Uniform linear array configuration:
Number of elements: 16
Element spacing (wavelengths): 0.25
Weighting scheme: binomial
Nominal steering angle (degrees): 45
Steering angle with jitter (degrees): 44.259
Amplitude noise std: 0.05
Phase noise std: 0.05

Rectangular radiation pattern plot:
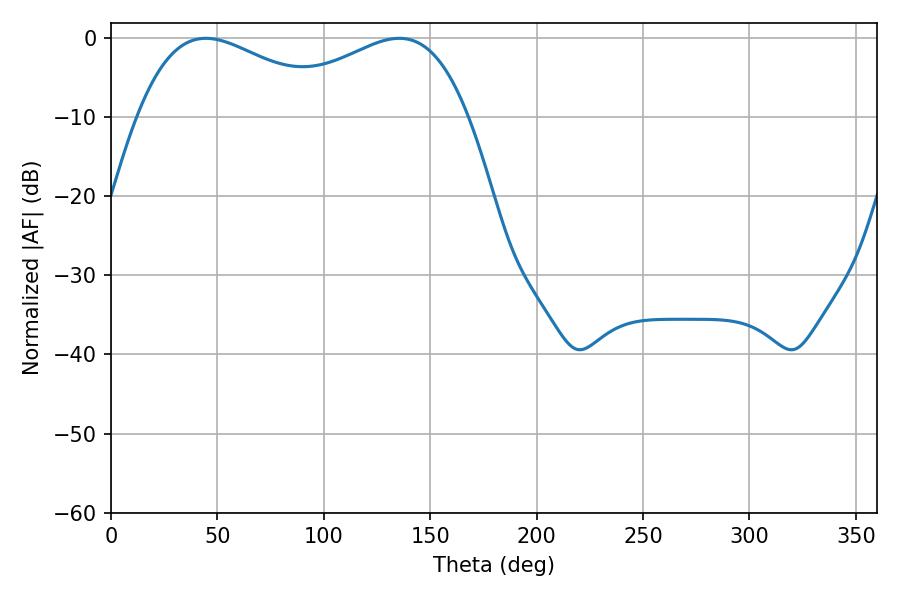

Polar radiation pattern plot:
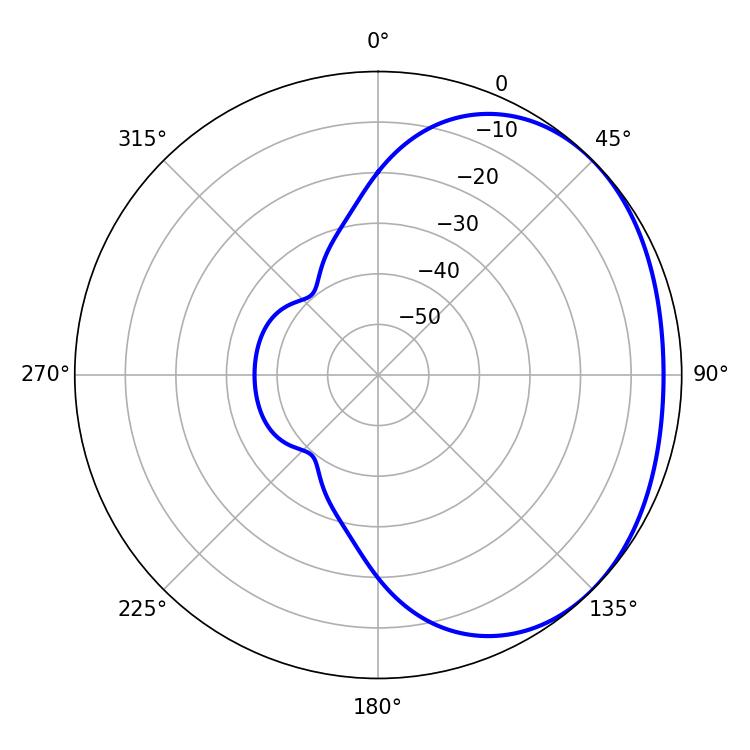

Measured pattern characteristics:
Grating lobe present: FALSE
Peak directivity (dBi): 1.863
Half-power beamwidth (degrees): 51.48
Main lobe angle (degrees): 44.46